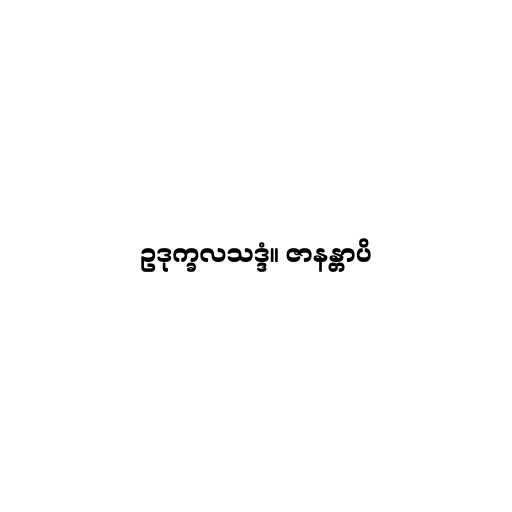
ဥဒုက္ခလသဒ္ဒံ။ ဇာနန္တာပိ